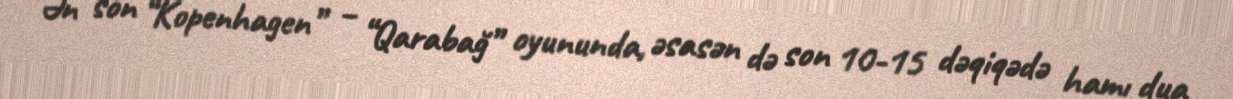
Ən son “Kopenhagen” – “Qarabağ” oyununda, əsasən də son 10-15 dəqiqədə hamı dua